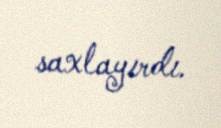
saxlayırdı.